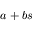
a + b s